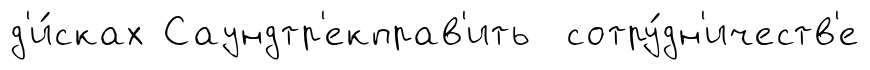
д'и́сках Саундтр'екправ'ить сотру́дн'ичеств'е